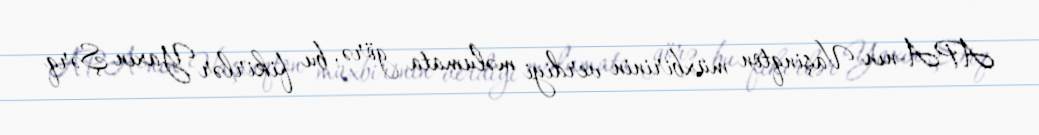
APA-nın Vaşinqton müxbirinin verdiyi məlumata görə, bu fikirlər Yaxın Şərq